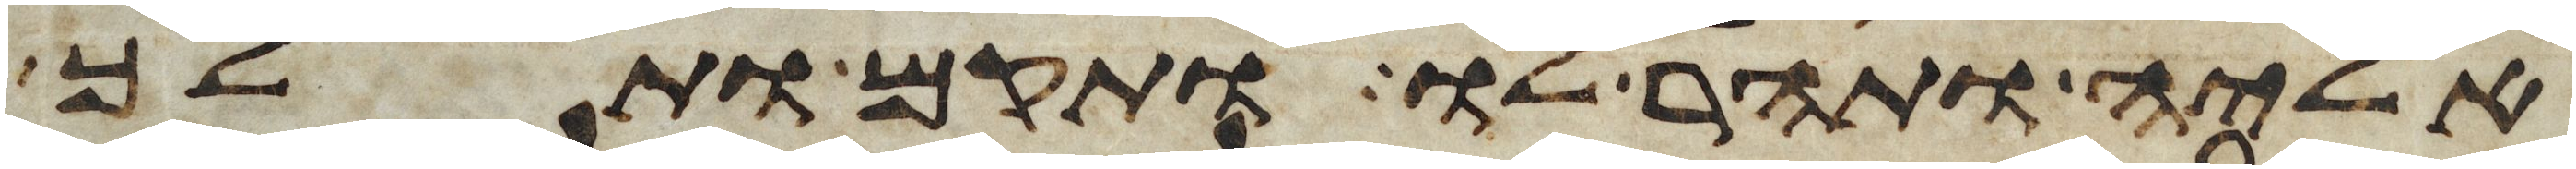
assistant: אליה ותהר לו ותקם ותלך